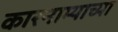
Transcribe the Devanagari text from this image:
कारनाम्याच्या